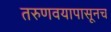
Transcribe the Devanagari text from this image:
तरुणवयापासूनच